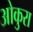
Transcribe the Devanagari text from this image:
ओकुरा